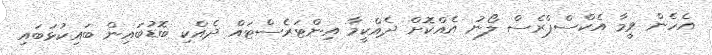
އެހެން ވީމާ އެކްސްޕްރެސް ލޯނު އެއްކޮށް ދެއްކީމާ އިންޓަރެސްޓައް ދެއްކި ބޮޑުބައިން ބައިކުޅަބައި